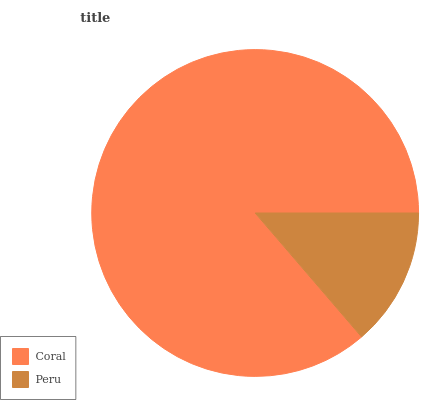
| Coral | Peru |
 | --- | --- |
 | 86.3% | 13.7% |